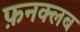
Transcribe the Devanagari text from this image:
फ़नक्लब